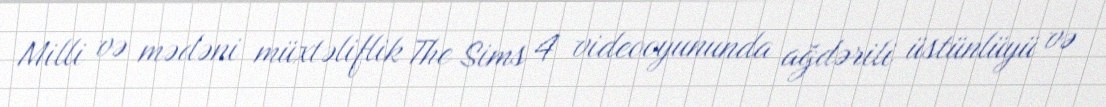
Milli və mədəni müxtəliflik The Sims 4 videooyununda ağdərili üstünlüyü və